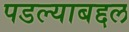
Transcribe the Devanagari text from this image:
पडल्याबद्दल